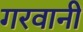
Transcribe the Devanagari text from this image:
गरवानी